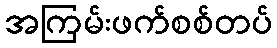
အကြမ်းဖက်စစ်တပ်